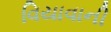
વિયાવાની